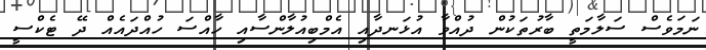
ނަމަވެސް ސަލާމަތީ ބާރުތަކުން ދުއްވާ އުޅަނދާއި އެމްބިއުލާންސާއި ހާއްސަ ހުއްދައެއް ދޭ ޓެކްސީ